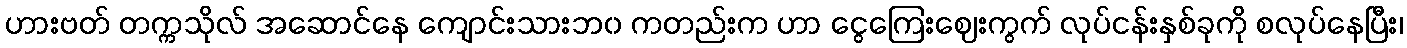
ဟားဗတ် တက္ကသိုလ် အဆောင်နေ ကျောင်းသားဘ၀ ကတည်းက ဟာ ငွေကြေးဈေးကွက် လုပ်ငန်းနှစ်ခုကို စလုပ်နေပြီး၊